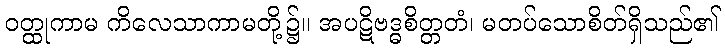
ဝတ္ထုကာမ ကိလေသာကာမတို့၌။ အပဋိဗဒ္ဓစိတ္တတံ၊ မတပ်သောစိတ်ရှိသည်၏